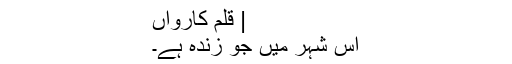
| قلم کارواں
اس شہر میں جو زندہ ہے۔